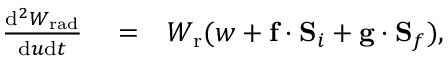
\begin{array} { r l r } { \frac { \mathrm { d } ^ { 2 } W _ { \mathrm { r a d } } } { \mathrm { d } u \mathrm { d } t } } & { { } = } & { { W _ { \mathrm { r } } } ( w + \mathbf { f } \cdot \mathbf { S } _ { i } + \mathbf { g } \cdot \mathbf { S } _ { f } ) , } \end{array}